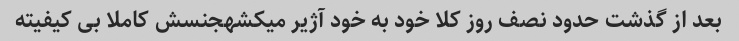
بعد از گذشت حدود نصف روز کلا خود به خود آژیر میکشهجنسش کاملا بی کیفیته